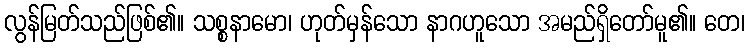
လွန်မြတ်သည်ဖြစ်၏။ သစ္စနာမော၊ ဟုတ်မှန်သော နာဂဟူသော အမည်ရှိတော်မူ၏။ တေ၊